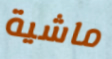
ماشية